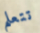
تتعلم